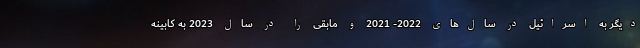
دیگر به اسرائیل در سال‌های 2022- 2021 و مابقی را در سال 2023 به کابینه